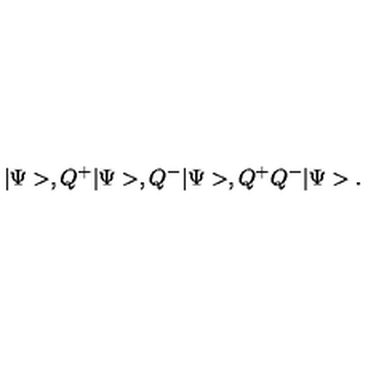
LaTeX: | \Psi > , Q ^ { + } | \Psi > , Q ^ { - } | \Psi > , Q ^ { + } Q ^ { - } | \Psi > .